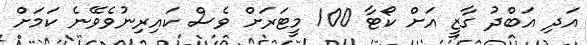
އަދި އަބްދު ގާޒީ އަށް ކޯޓާ 100 މީޓަރަށް ވެސް ކައިރިނުވެވޭނެ ކަމަށް